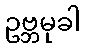
ဥဗ္ဘမုခါ